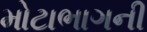
મોટાભાગની